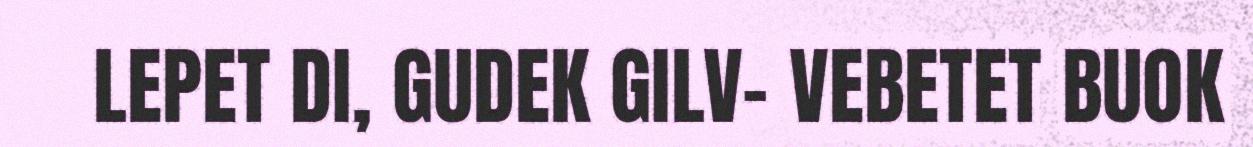
LEPET DI, GUDEK GILV- VEBETET BUOK